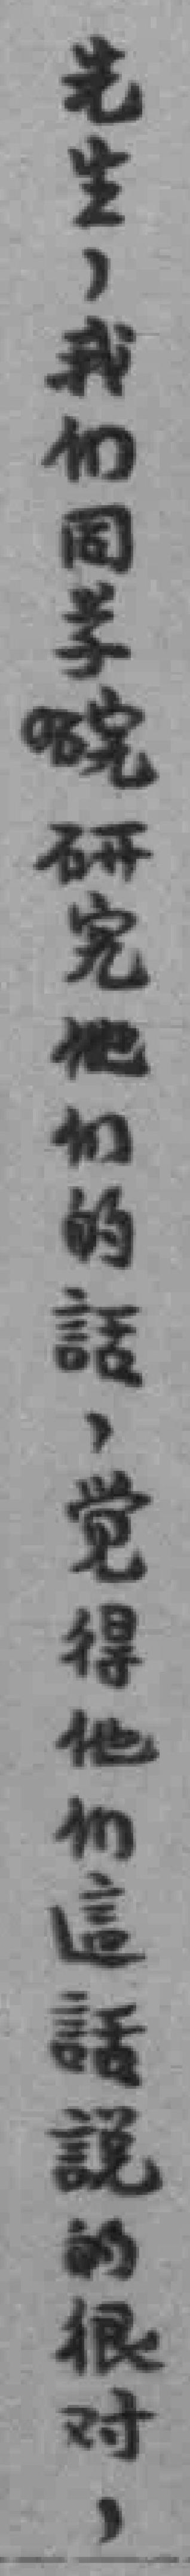
先生，我們同学*研究他们的話，觉得他們這話說的很对，